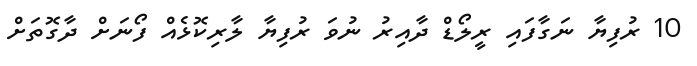
10 ރުފިޔާ ނަގާފައި ރީލޯޑް ދާއިރު ނުވަ ރުފިޔާ ލާރިކޮޅެއް ފޯނަށް ދާގޮތަށް